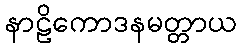
နာဠိကောဒနမတ္တာယ